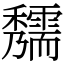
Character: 𥤃